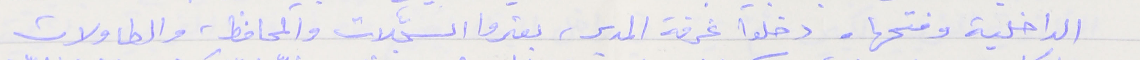
الداخلية وفتحها. دخلوا غرفة المدير، بعثروا السجّلات والمحافظ، والطاولات